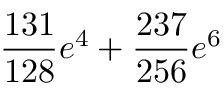
\frac { 1 3 1 } { 1 2 8 } e ^ { 4 } + \frac { 2 3 7 } { 2 5 6 } e ^ { 6 }